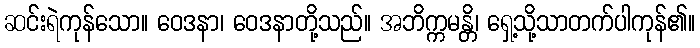
ဆင်းရဲကုန်သော။ ဝေဒနာ၊ ဝေဒနာတို့သည်။ အဘိက္ကမန္တိ၊ ရှေ့သို့သာတက်ပါကုန်၏။